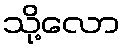
သို့လော